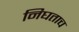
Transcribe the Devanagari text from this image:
निघताच